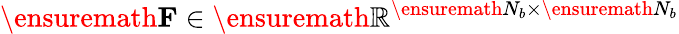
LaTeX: \ensuremath\mathbf{F}\in\ensuremath\mathbb{R}^{\ensuremath N_{b}\times\ensuremath N_{b}}